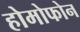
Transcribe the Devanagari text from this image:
होमोफोन